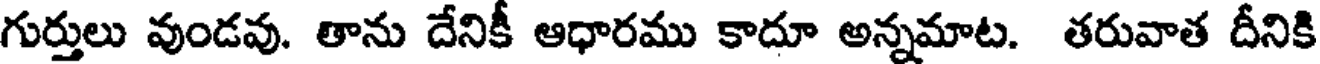
గుర్తులు వుండవు. తాను దేనికీ ఆధారము కాదూ అన్నమాట. తరువాత దీనికి